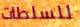
للسلطات